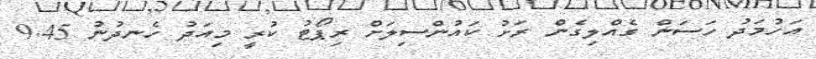
އަހުމަދު ހަސަން ގެއްލިގެން ރަށު ކައުންސިލަށް ރިޕޯޓު ކުރީ މިއަދު ހެނދުނު 9.45